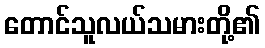
တောင်သူလယ်သမားတို့၏